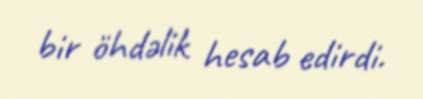
bir öhdəlik hesab edirdi.